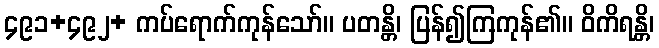
၄၉၁+၄၉၂+ ကပ်ရောက်ကုန်သော်။ ပတန္တိ၊ ပြန်၍ကြကုန်၏။ ဝိကိရန္တိ၊